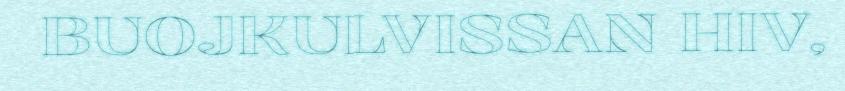
BUOJKULVISSAN HIV,